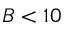
B < 1 0